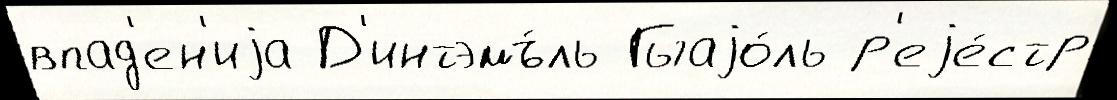
впад'ен'иjа Д'интэмъ́ль Гыаjо́ль р'еjе́стр